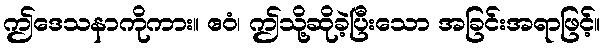
ဤဒေသနာကိုကား။ ဧဝံ၊ ဤသို့ဆိုခဲ့ပြီးသော အခြင်းအရာဖြင့်။